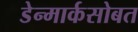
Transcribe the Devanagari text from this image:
डेन्मार्कसोबत